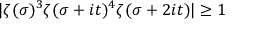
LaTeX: | \zeta ( \sigma ) ^ { 3 } \zeta ( \sigma + i t ) ^ { 4 } \zeta ( \sigma + 2 i t ) | \geq 1